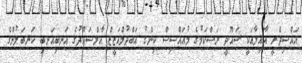
އައްސިދްރީ އާއިލާއަކީ ސައޫދީ ރަސްކަމުގެ މުއައްސިސް ކިންގު އަބްދުލްއަޒީޒް އާލްސައޫދުގެ އަނބިއަނބި ކަނބަލުންގެ